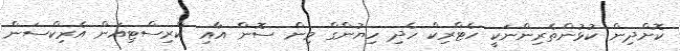
ކޮށްދިން ކުޅުންތެރިންނަކީ ހެޓްރިކް ހެދި ހިޔުންގް މިން ސޮން އާއި ކްރިސްޓިއަން އެރިކްސަން